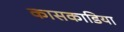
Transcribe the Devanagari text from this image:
कासकाडिया